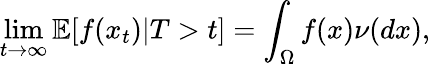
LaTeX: \operatorname*{lim}_{t\rightarrow\infty}\mathbb{E}[f(x_{t})|T>t]=\int_{\Omega}f(x)\nu(dx),